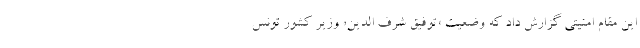
این مقام امنیتی گزارش داد که وضعیت «توفیق شرف الدین» وزیر کشور تونس